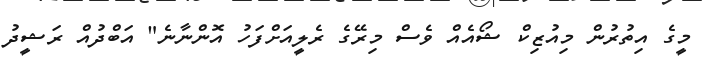
މީގެ އިތުރުން މިއުޒިކް ޝޯއެއް ވެސް މިރޭގެ ރެލީއަށްފަހު އޮންނާނެ" އަބްދުއް ރަޝީދު